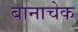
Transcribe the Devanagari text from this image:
बानाचेक